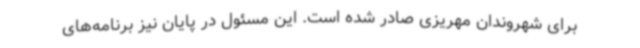
برای شهروندان مهریزی صادر شده است. این مسئول در پایان نیز برنامه‌های